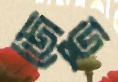
জেডু